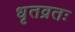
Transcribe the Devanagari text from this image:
धृतव्रतः